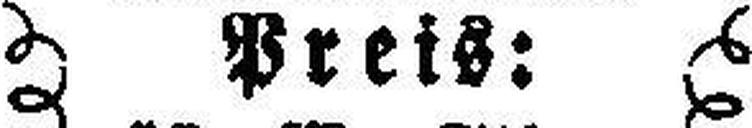
Preis: